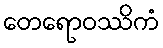
တေရောဝဿိကံ